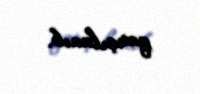
qarşılanıb.